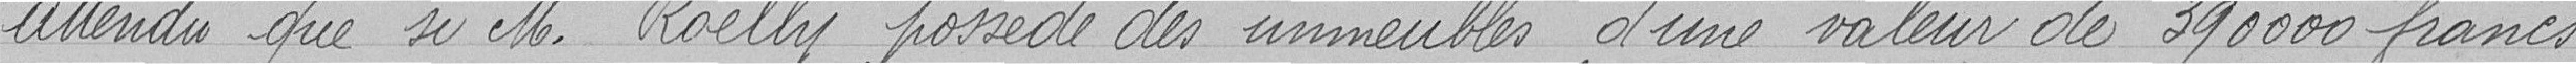
Attendu que Monsieur Roelly possède des immeubles d'une valeur de 39000 francs,